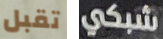
تقبل شبكي